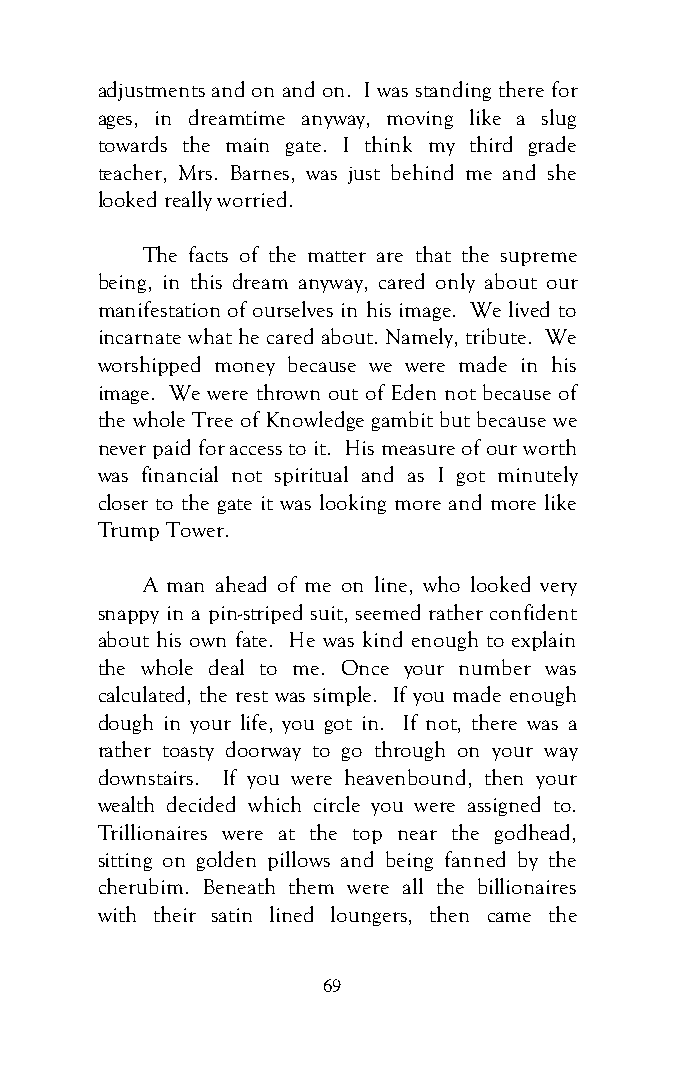
adjustments and on and on. I was standing there for
 ages, in dreamtime anyway, moving like a slug
 towards the main gate. I think my third grade
 teacher, Mrs. Barnes, was just behind me and she
 looked really worried.
 The facts of the matter are that the supreme
 being, in this dream anyway, cared only about our
 manifestation of ourselves in his image. We lived to
 incarnate what he cared about. Namely, tribute. We
 worshipped money because we were made in his
 image. We were thrown out of Eden not because of
 the whole Tree of Knowledge gambit but because we
 never paid for access to it. His measure of our worth
 was financial not spiritual and as I got minutely
 closer to the gate it was looking more and more like
 Trump Tower.
 A man ahead of me on line, who looked very
 snappy in a pin-striped suit, seemed rather confident
 about his own fate. He was kind enough to explain
 the whole deal to me. Once your number was
 calculated, the rest was simple. If you made enough
 dough in your life, you got in. If not, there was a
 rather toasty doorway to go through on your way
 downstairs. If you were heavenbound, then your
 wealth decided which circle you were assigned to.
 Trillionaires were at the top near the godhead,
 sitting on golden pillows and being fanned by the
 cherubim. Beneath them were all the billionaires
 with their satin lined loungers, then came the
 69